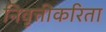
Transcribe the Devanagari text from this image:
निवृत्तीकरिता